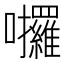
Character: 𡆆